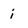
Character: i